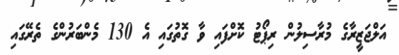
އަލްޖަޒީރާގެ މުރާސިލުން ރިޕޯޓު ކޮށްފައި ވާ ގޮތުގައި އެ 130 މެންބަރުންގެ ތެރޭގައި